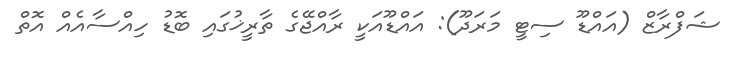
ޝަފްރާޒް (އައްޑޫ ސިޓީ މަރަދޫ): އައްޑޫއަކީ ރާއްޖޭގެ ތާރީޚުގައި ބޮޑު ހިއްސާއެއް އޮތް